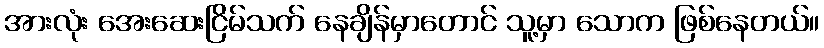
အားလုံး အေးဆေးငြိမ်သက် နေချိန်မှာတောင် သူ့မှာ သောက ဖြစ်နေတယ်။